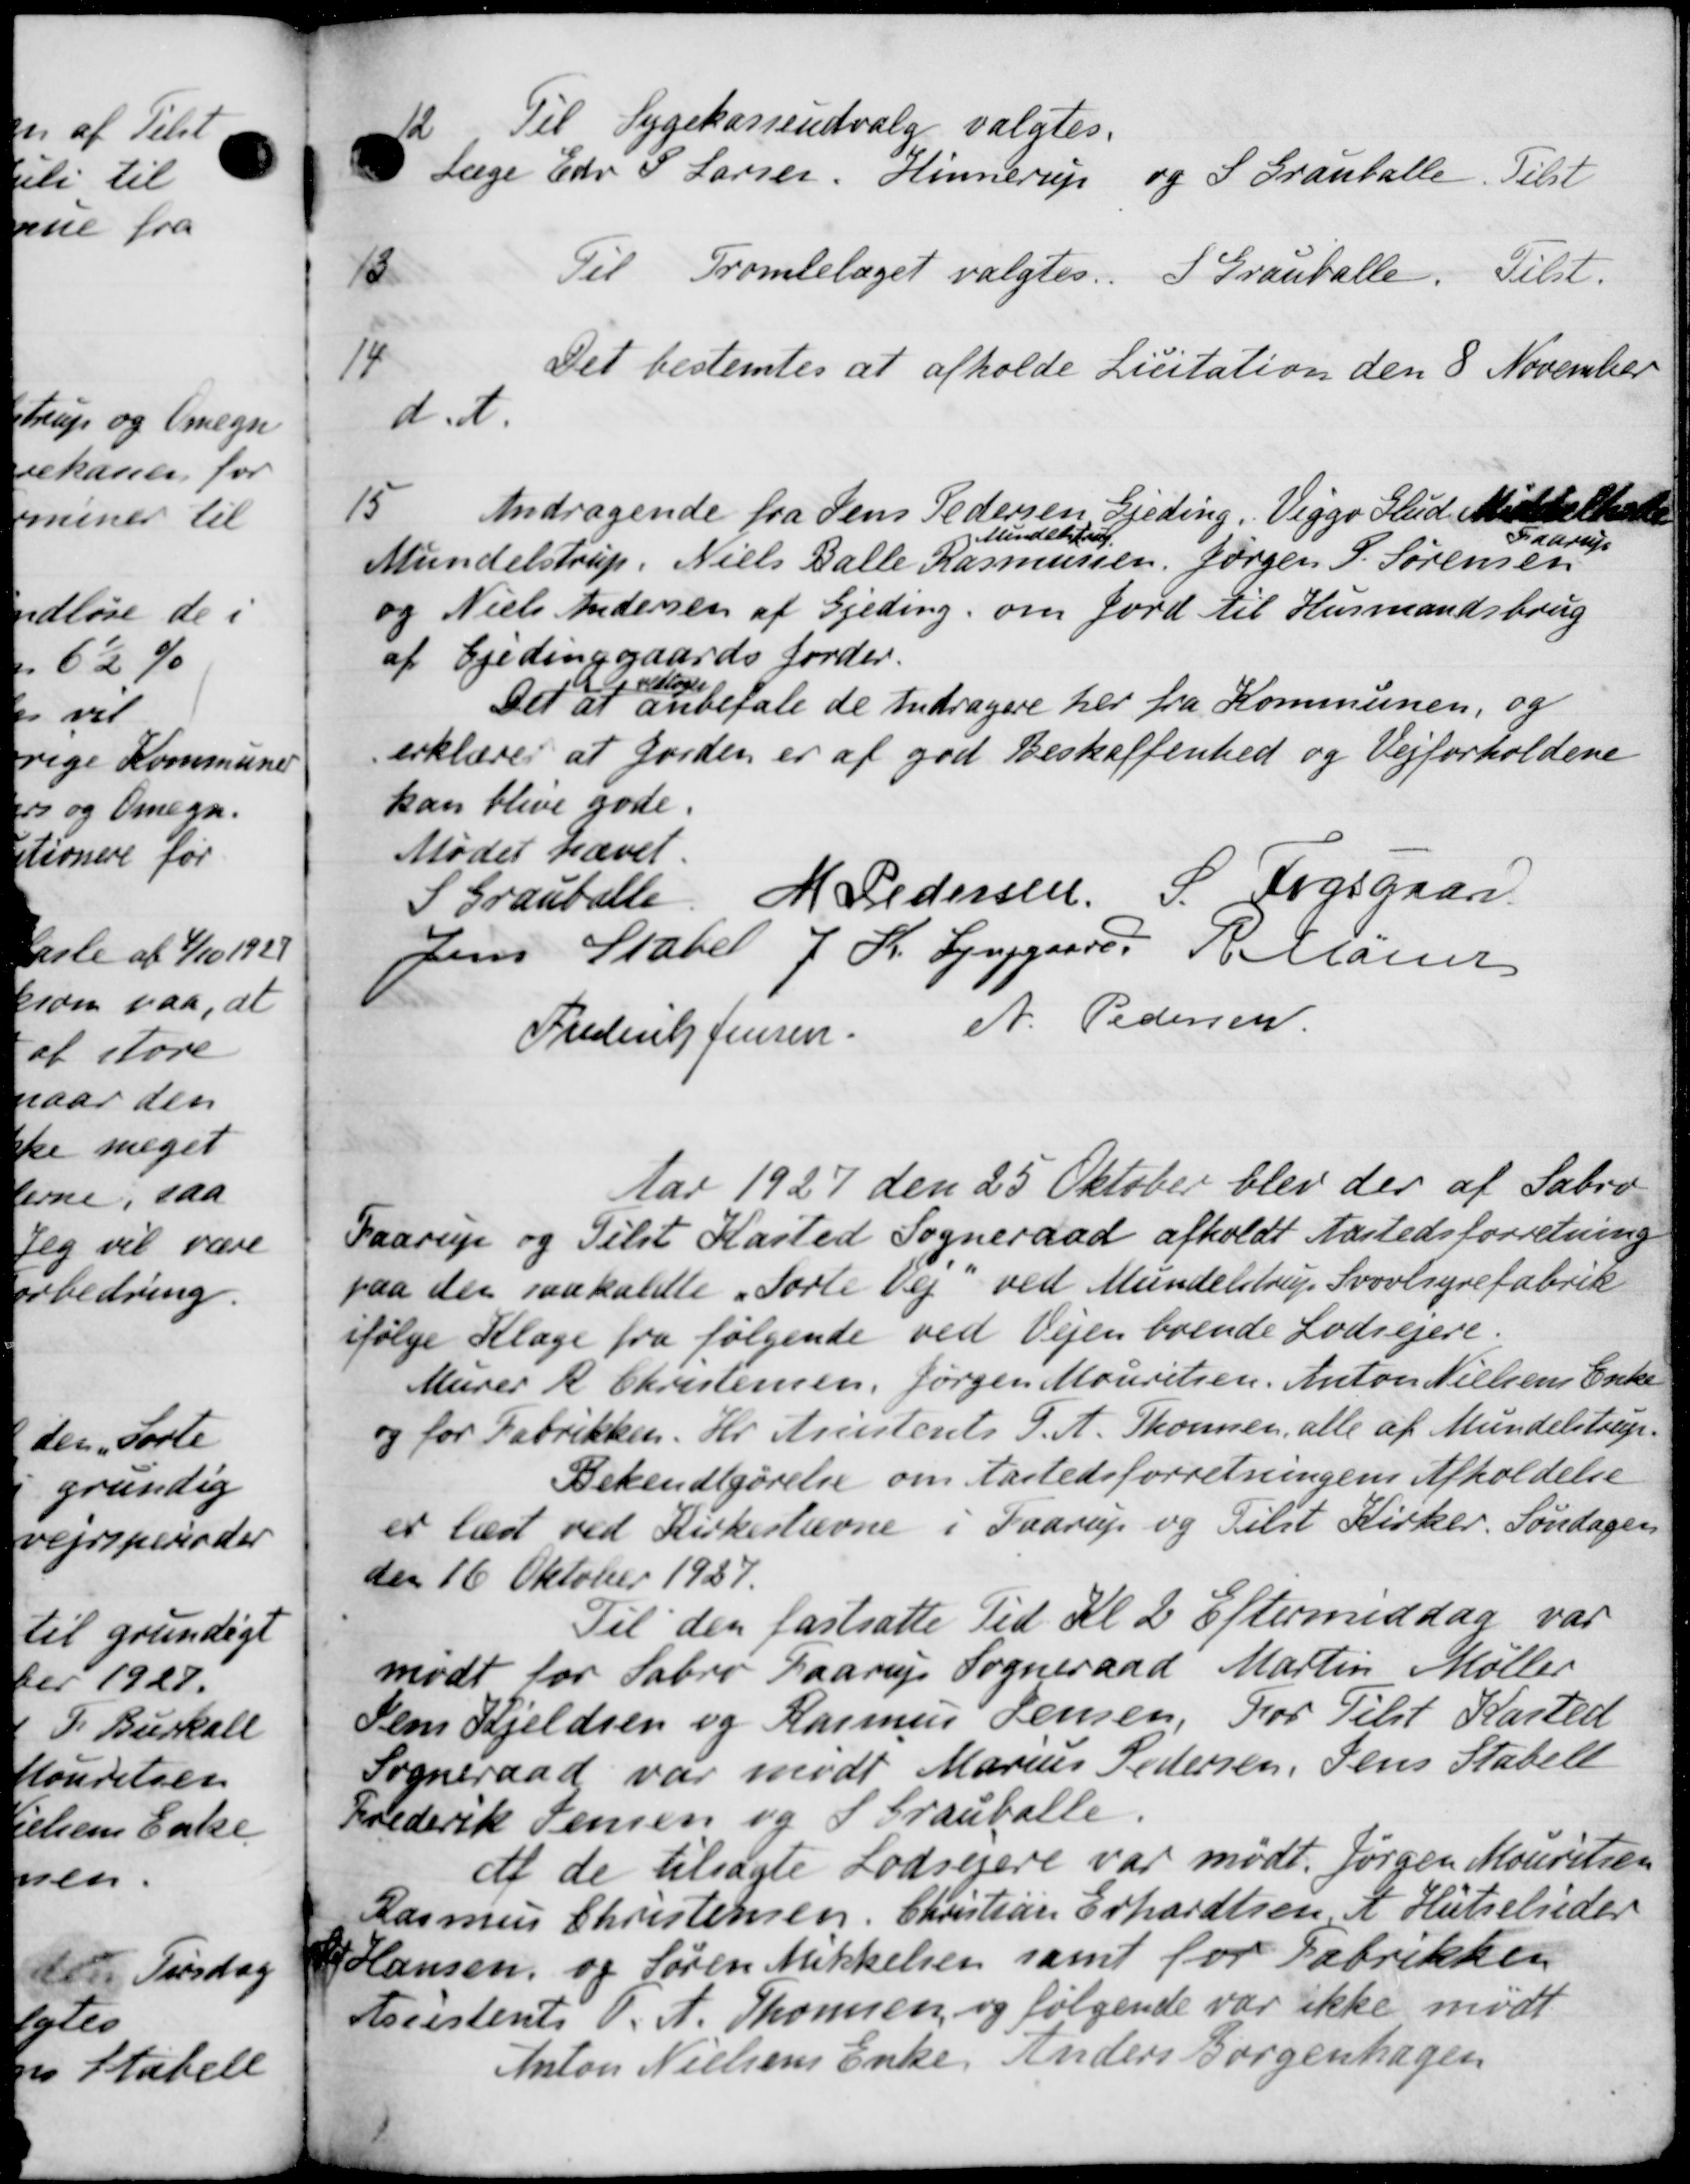
Transskription:
12
Til Sygekasseudvalg valgtes.
Læge Edv P Larsen, Hinnerup og S. Granballe. Tilst
13
Til Tromlelæget valgtes. I Grauballe. Tilst.
14
Det bestemtes at afholde Licitation den 8 November
d. A.
15
Andragende fra Jens Pedersen Gjeding. Viggo Hud Middelhed
Mundelstrup, Niels Balle Rasmussen, Jørgen S. Sørensen
Mindelstrup
Mundelstrup, Niels Balle Rasmussen, Jørgen S. Sørensen
Faarup
og Niels Andersen af Gjeding om Jord til Husmandsbrug
af Gjedinggaards Jorder.
Det
vedtoges
at anbefale de Andragere her fra Kommunen, og
erklærer at Jorden er af god Beskaffenhed og Vejforholdene
kan blive gode.
Mødet hævet.
S Grauballe. M Pedersen, S. Fogsgaard
Jens Stabel J. K. Lynggaard R Marier
Frederik Jensen A. Pedersen
Aar 1927 den 25 Oktober blev der af Sabro-
Faarup og Tilst Kasted Sogneraad afholdt Aastedsforretning
paa der saakaldte „Torle Vej ved Mundelstrup Svovlsyrefabrik
ifølge Klage fra følgende ved Vejen boende Lodsejere.
Murer R Christensen, Jørgen Mouritsen, Anton Nielsens Enke
og for Fabrikken. Hr. Anistents S. A. Thomsen, alle af Mundelstrup.
Bekendtgørelse om Aastedsforretningens Afholdelse
er læst ved Kirkestævne i Faarup og Tilst Kirker. Søndagen
den 16 Oktober 1927.
Til den fastsatte Tid Kl 2 Eftermiddag var
mødt for Sabro Gaarup Sogneraad Martin Møller
Jens Kjeldsen og Rasmus Jensen, For Tilst Kasted
Sogneraad var mødt Marius Pedersen, Jens Stabels
Frederik Jensen og S. Grauballe.
at de tilsagte Lodsejere var mødt. Jørgen Mouritsen
Rasmus Christensen, Christian Erhardtsen A Hutseleder
 Hansen og Søren Mikkelsen samt for Fabrikken
Assistent P. A. Thomsen og følgende var ikke mødt
Anton Nielsens Enke Anders Børgenhagen